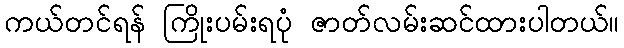
ကယ်တင်ရန် ကြိုးပမ်းရပုံ ဇာတ်လမ်းဆင်ထားပါတယ်။